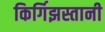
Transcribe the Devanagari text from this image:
किर्गिझस्तानी